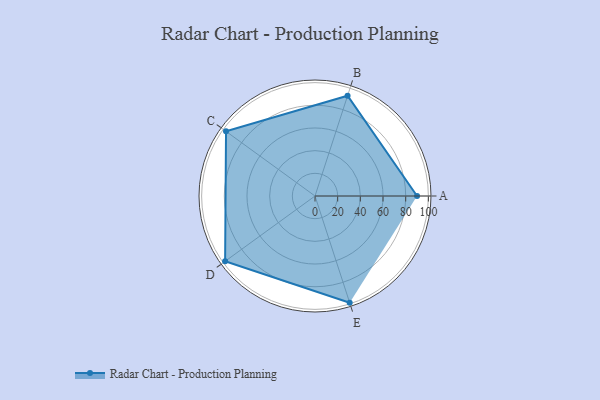
{"axis": {"x": "Skill", "y": "Score"}, "legend": ["Profile"], "data": [{"x": "A", "y": 90.0, "type": "Profile"}, {"x": "B", "y": 93.0, "type": "Profile"}, {"x": "C", "y": 97.0, "type": "Profile"}, {"x": "D", "y": 98.0, "type": "Profile"}, {"x": "E", "y": 99, "type": "Profile"}]}